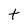
Character: t